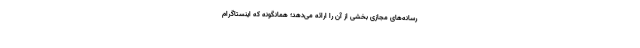
رسانه‌های مجازی بخشی از آن را ارائه می‌دهد؛ همانگونه که اینستاگرام